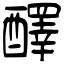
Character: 醳